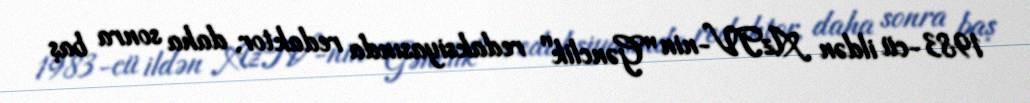
1983-cü ildən AzTV-nin "Gənclik" redaksiyasında redaktor, daha sonra baş